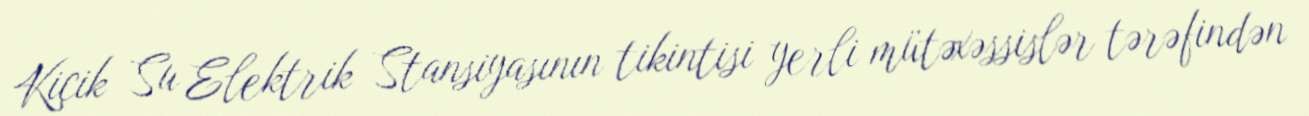
Kiçik Su Elektrik Stansiyasının tikintisi yerli mütəxəssislər tərəfindən